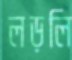
লড়লি